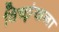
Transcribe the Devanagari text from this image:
विच्छृंखला